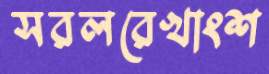
সরলরেখাংশ